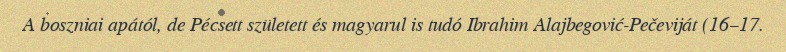
A boszniai apától, de Pécsett született és magyarul is tudó Ibrahim Alajbegović-Pečeviját (16–17.